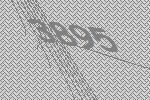
3895